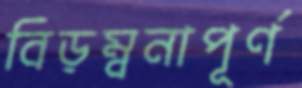
বিড়ম্বনাপূর্ণ